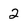
Character: 2